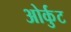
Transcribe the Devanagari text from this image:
ओर्कुट